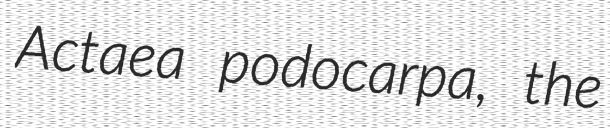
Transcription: Actaea podocarpa, the